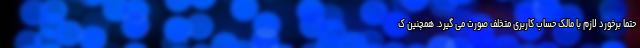
حتما برخورد لازم با مالک حساب کاربری متخلف صورت می گیرد. همچنین ک